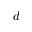
d